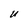
Character: U